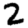
Digit: 2